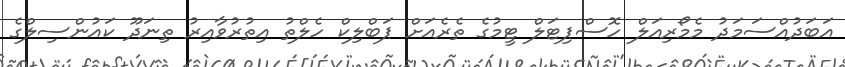
އަބަދުއްސަމަދު މެމޯރިއަލް ހޮސްޕިޓަލް ޓީމުގެ ތެރެއަށް ޕަބްލިކް ހެލްތު އިތުރުވާއިރު ތިނަދޫ ކައުންސިލްގެ